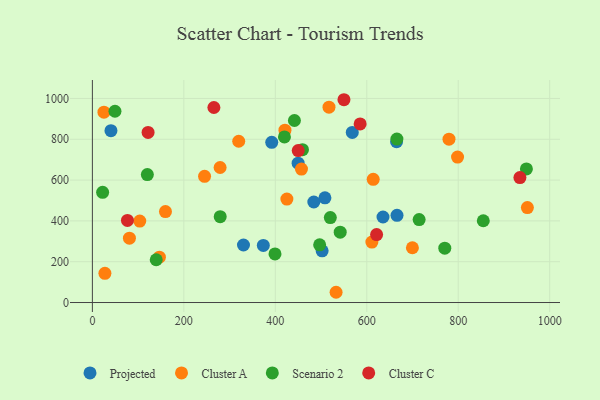
{"axis": {"x": "Engine Size", "y": "Exam Score"}, "legend": ["Cluster A", "Cluster C", "Projected", "Scenario 2"], "data": [{"x": "392.2", "y": 784.8, "type": "Projected"}, {"x": "666.1", "y": 427.4, "type": "Projected"}, {"x": "502.4", "y": 253.4, "type": "Projected"}, {"x": "508.5", "y": 513.0, "type": "Projected"}, {"x": "568.3", "y": 833.4, "type": "Projected"}, {"x": "665.2", "y": 787.8, "type": "Projected"}, {"x": "373.8", "y": 279.7, "type": "Projected"}, {"x": "484.2", "y": 492.6, "type": "Projected"}, {"x": "449.9", "y": 682.7, "type": "Projected"}, {"x": "635.5", "y": 419.1, "type": "Projected"}, {"x": "330.4", "y": 281.9, "type": "Projected"}, {"x": "40.6", "y": 842.0, "type": "Projected"}, {"x": "81.0", "y": 315.3, "type": "Cluster A"}, {"x": "614.1", "y": 603.6, "type": "Cluster A"}, {"x": "421.1", "y": 844.6, "type": "Cluster A"}, {"x": "425.3", "y": 506.9, "type": "Cluster A"}, {"x": "27.4", "y": 142.9, "type": "Cluster A"}, {"x": "25.3", "y": 932.7, "type": "Cluster A"}, {"x": "457.2", "y": 654.1, "type": "Cluster A"}, {"x": "611.2", "y": 296.2, "type": "Cluster A"}, {"x": "779.8", "y": 800.3, "type": "Cluster A"}, {"x": "159.8", "y": 445.7, "type": "Cluster A"}, {"x": "798.5", "y": 712.8, "type": "Cluster A"}, {"x": "532.9", "y": 50.2, "type": "Cluster A"}, {"x": "279.3", "y": 661.6, "type": "Cluster A"}, {"x": "103.6", "y": 399.0, "type": "Cluster A"}, {"x": "245.3", "y": 618.5, "type": "Cluster A"}, {"x": "146.5", "y": 222.0, "type": "Cluster A"}, {"x": "320.0", "y": 790.4, "type": "Cluster A"}, {"x": "517.4", "y": 957.4, "type": "Cluster A"}, {"x": "951.2", "y": 465.2, "type": "Cluster A"}, {"x": "699.8", "y": 268.5, "type": "Cluster A"}, {"x": "854.8", "y": 400.8, "type": "Scenario 2"}, {"x": "541.9", "y": 344.6, "type": "Scenario 2"}, {"x": "49.4", "y": 937.2, "type": "Scenario 2"}, {"x": "279.5", "y": 420.7, "type": "Scenario 2"}, {"x": "497.0", "y": 282.9, "type": "Scenario 2"}, {"x": "459.4", "y": 749.0, "type": "Scenario 2"}, {"x": "399.3", "y": 237.9, "type": "Scenario 2"}, {"x": "120.2", "y": 626.9, "type": "Scenario 2"}, {"x": "139.6", "y": 209.6, "type": "Scenario 2"}, {"x": "520.3", "y": 416.3, "type": "Scenario 2"}, {"x": "441.8", "y": 892.0, "type": "Scenario 2"}, {"x": "949.1", "y": 654.5, "type": "Scenario 2"}, {"x": "714.5", "y": 406.5, "type": "Scenario 2"}, {"x": "770.6", "y": 266.2, "type": "Scenario 2"}, {"x": "22.4", "y": 540.0, "type": "Scenario 2"}, {"x": "665.9", "y": 801.1, "type": "Scenario 2"}, {"x": "420.0", "y": 811.7, "type": "Scenario 2"}, {"x": "585.5", "y": 875.1, "type": "Cluster C"}, {"x": "934.9", "y": 612.3, "type": "Cluster C"}, {"x": "621.5", "y": 333.0, "type": "Cluster C"}, {"x": "121.8", "y": 833.7, "type": "Cluster C"}, {"x": "76.7", "y": 402.5, "type": "Cluster C"}, {"x": "265.7", "y": 955.7, "type": "Cluster C"}, {"x": "450.1", "y": 744.4, "type": "Cluster C"}, {"x": "550.1", "y": 993.8, "type": "Cluster C"}]}